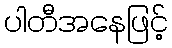
ပါတီအနေဖြင့်